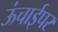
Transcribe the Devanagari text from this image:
ऊंचाईपर